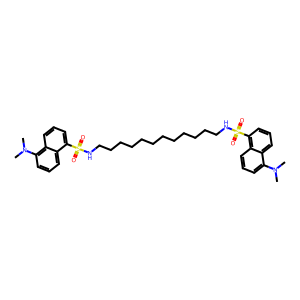
SMILES: CN(C)c1cccc2c(S(=O)(=O)NCCCCCCCCCCCCNS(=O)(=O)c3cccc4c(N(C)C)cccc34)cccc12
Inhibits HIV replication: No